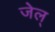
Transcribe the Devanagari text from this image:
जेल्